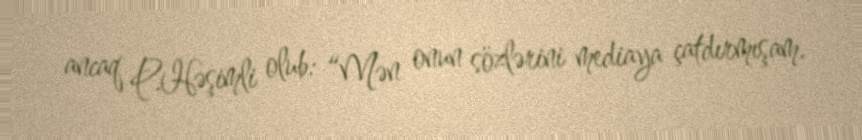
ancaq P.Həşimli olub: “Mən onun sözlərini mediaya çatdırmışam.